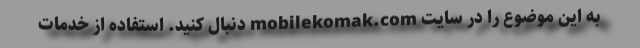
به این موضوع را در سایت mobilekomak.com دنبال کنید. استفاده از خدمات